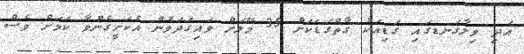
އަދި ވިލާގަނޑގައި ގަޑިއަކު ގާތްގަޑަކަށް 35 މޭލަށް ވައިގަދަވުން އެކަށީގެންވާ ކަމަށް ވެސް